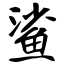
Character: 鲨